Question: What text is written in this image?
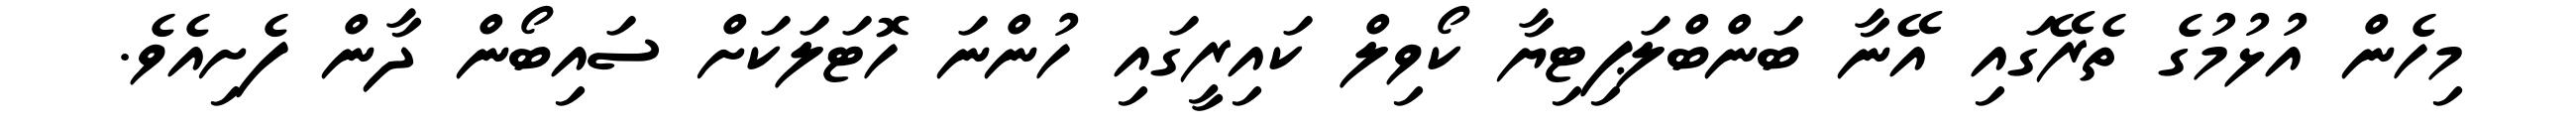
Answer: މިހެން އުޅުމުގެ ތެރޭގައި އޭނާ ބަންބްލަޕިޓިޔާ ކޯވިލް ކައިރީގައި ހުންނަ ހޮޓަލަކަށް ސައިބޯން ދާން ފެށިއެވެ.